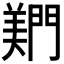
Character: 𬮎